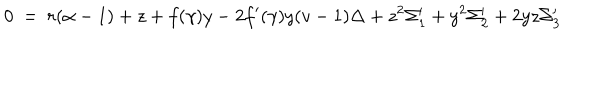
LaTeX: 0 ~ = ~ r ( \alpha - 1 ) + z + f ( \gamma ) y - 2 f ^ { \prime } ( \gamma ) y ( v - 1 ) \Delta + z ^ { 2 } \Sigma _ { 1 } ^ { \prime } + y ^ { 2 } \Sigma _ { 2 } ^ { \prime } + 2 y z \Sigma _ { 3 } ^ { \prime }